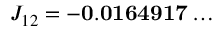
J _ { 1 2 } = \mathbf { - 0 . 0 1 6 4 9 1 7 \dots }